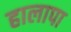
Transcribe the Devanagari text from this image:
हालापा